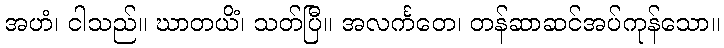
အဟံ၊ ငါသည်။ ဃာတယိံ၊ သတ်ပြီ။ အလင်္ကတေ၊ တန်ဆာဆင်အပ်ကုန်သော။